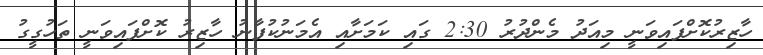
ހާޒިރުކޮށްފައިވަނީ މިއަދު މެންދުރު 2:30 ގައި ކަމަށާއި އެމަނުކުފާނު ހާޒިރު ކޮށްފައިވަނީ ތަހުގީގު